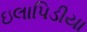
ઇલાપિડીયા